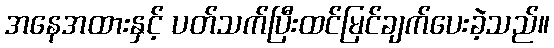
အနေအထားနှင့် ပတ်သက်ပြီးထင်မြင်ချက်ပေးခဲ့သည်။